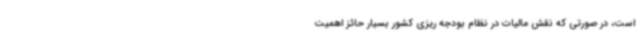
است، در صورتی که نقش مالیات در نظام بودجه ریزی کشور بسیار حائز اهمیت